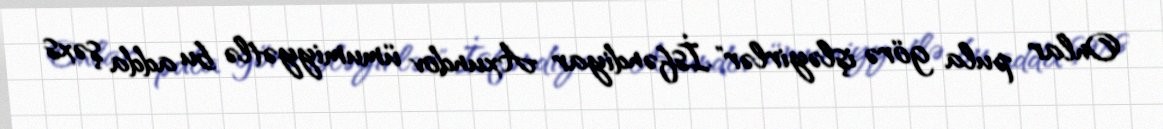
Onlar pula görə işləyirlər".İsfəndiyar Axundov ümumiyyətlə bu adda şəxs